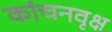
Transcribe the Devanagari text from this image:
कांचनवृक्ष